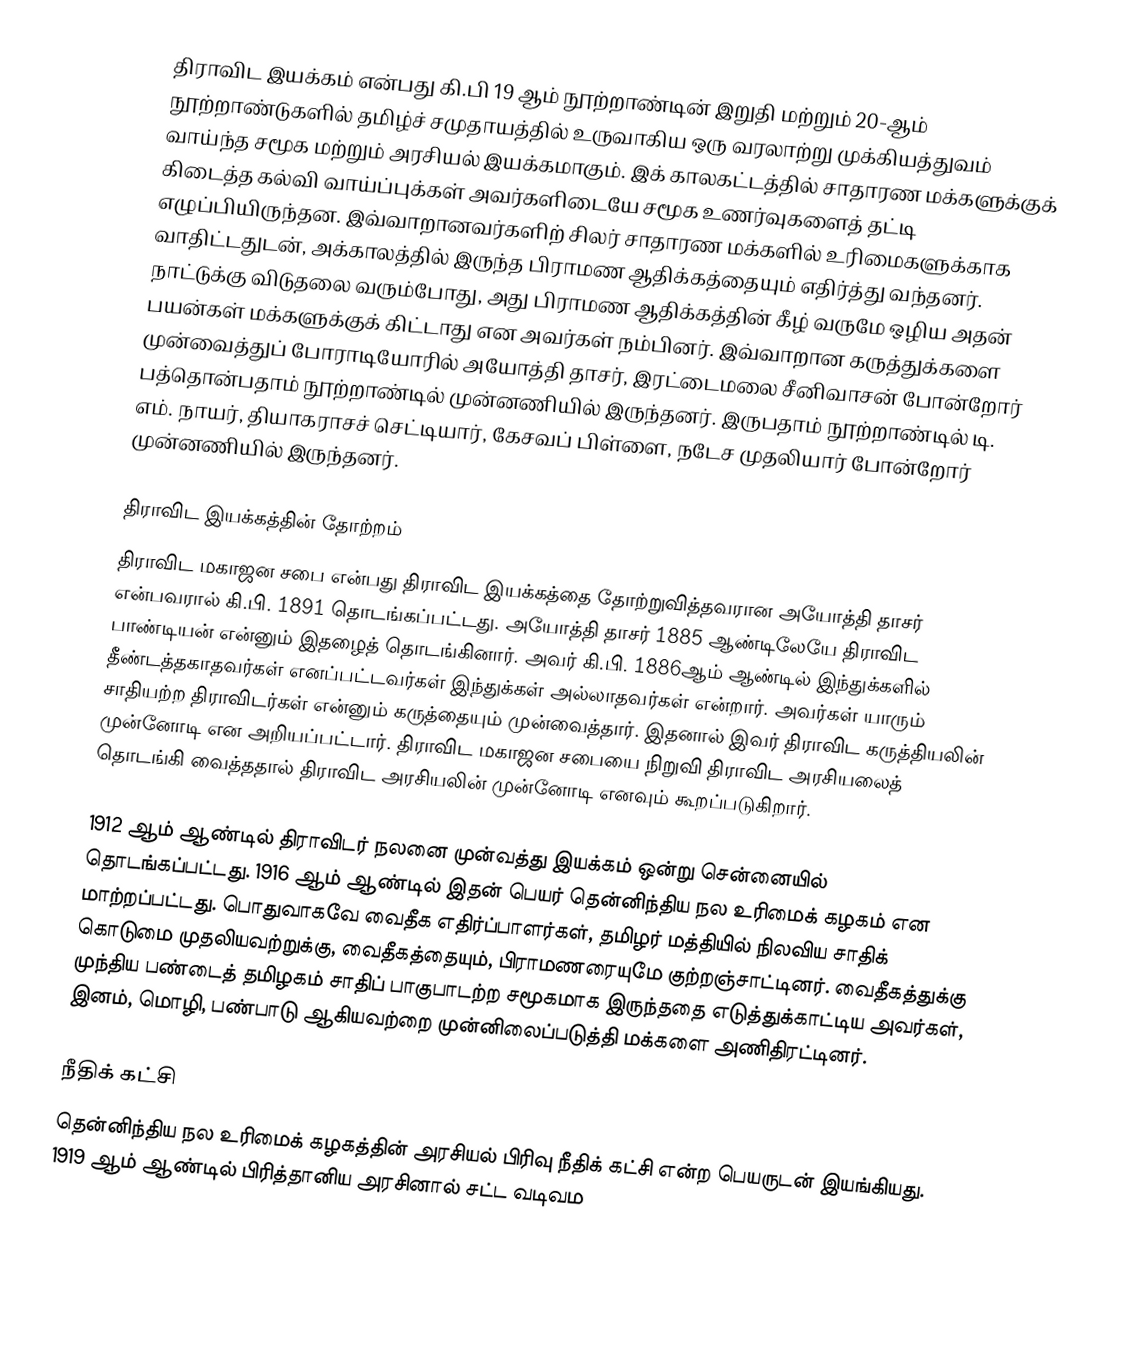
திராவிட இயக்கம் என்பது கி.பி 19 ஆம் நூற்றாண்டின் இறுதி மற்றும் 20-ஆம் நூற்றாண்டுகளில் தமிழ்ச் சமுதாயத்தில் உருவாகிய ஒரு வரலாற்று முக்கியத்துவம் வாய்ந்த சமூக மற்றும் அரசியல் இயக்கமாகும். இக் காலகட்டத்தில் சாதாரண மக்களுக்குக் கிடைத்த கல்வி வாய்ப்புக்கள் அவர்களிடையே சமூக உணர்வுகளைத் தட்டி எழுப்பியிருந்தன. இவ்வாறானவர்களிற் சிலர் சாதாரண மக்களில் உரிமைகளுக்காக வாதிட்டதுடன், அக்காலத்தில் இருந்த பிராமண ஆதிக்கத்தையும் எதிர்த்து வந்தனர். நாட்டுக்கு விடுதலை வரும்போது, அது பிராமண ஆதிக்கத்தின் கீழ் வருமே ஒழிய அதன் பயன்கள் மக்களுக்குக் கிட்டாது என அவர்கள் நம்பினர். இவ்வாறான கருத்துக்களை முன்வைத்துப் போராடியோரில் அயோத்தி தாசர், இரட்டைமலை சீனிவாசன் போன்றோர் பத்தொன்பதாம் நூற்றாண்டில் முன்னணியில் இருந்தனர். இருபதாம் நூற்றாண்டில் டி. எம். நாயர், தியாகராசச் செட்டியார், கேசவப் பிள்ளை, நடேச முதலியார் போன்றோர் முன்னணியில் இருந்தனர்.

திராவிட இயக்கத்தின் தோற்றம்
திராவிட மகாஜன சபை என்பது திராவிட இயக்கத்தை தோற்றுவித்தவரான அயோத்தி தாசர் என்பவரால் கி.பி. 1891 தொடங்கப்பட்டது. அயோத்தி தாசர் 1885 ஆண்டிலேயே திராவிட பாண்டியன் என்னும் இதழைத் தொடங்கினார். அவர் கி.பி. 1886ஆம் ஆண்டில் இந்துக்களில் தீண்டத்தகாதவர்கள் எனப்பட்டவர்கள் இந்துக்கள் அல்லாதவர்கள் என்றார். அவர்கள் யாரும் சாதியற்ற திராவிடர்கள் என்னும் கருத்தையும் முன்வைத்தார். இதனால் இவர் திராவிட கருத்தியலின் முன்னோடி என அறியப்பட்டார். திராவிட மகாஜன சபையை நிறுவி திராவிட அரசியலைத் தொடங்கி வைத்ததால் திராவிட அரசியலின் முன்னோடி எனவும் கூறப்படுகிறார்.

1912 ஆம் ஆண்டில் திராவிடர் நலனை முன்வத்து இயக்கம் ஒன்று சென்னையில் தொடங்கப்பட்டது. 1916 ஆம் ஆண்டில் இதன் பெயர் தென்னிந்திய நல உரிமைக் கழகம் என மாற்றப்பட்டது. பொதுவாகவே வைதீக எதிர்ப்பாளர்கள், தமிழர் மத்தியில் நிலவிய சாதிக் கொடுமை முதலியவற்றுக்கு, வைதீகத்தையும், பிராமணரையுமே குற்றஞ்சாட்டினர். வைதீகத்துக்கு முந்திய பண்டைத் தமிழகம் சாதிப் பாகுபாடற்ற சமூகமாக இருந்ததை எடுத்துக்காட்டிய அவர்கள், இனம், மொழி, பண்பாடு ஆகியவற்றை முன்னிலைப்படுத்தி மக்களை அணிதிரட்டினர்.

நீதிக் கட்சி
தென்னிந்திய நல உரிமைக் கழகத்தின் அரசியல் பிரிவு நீதிக் கட்சி என்ற பெயருடன் இயங்கியது. 1919 ஆம் ஆண்டில் பிரித்தானிய அரசினால் சட்ட வடிவம